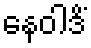
နေဝါဒိံ